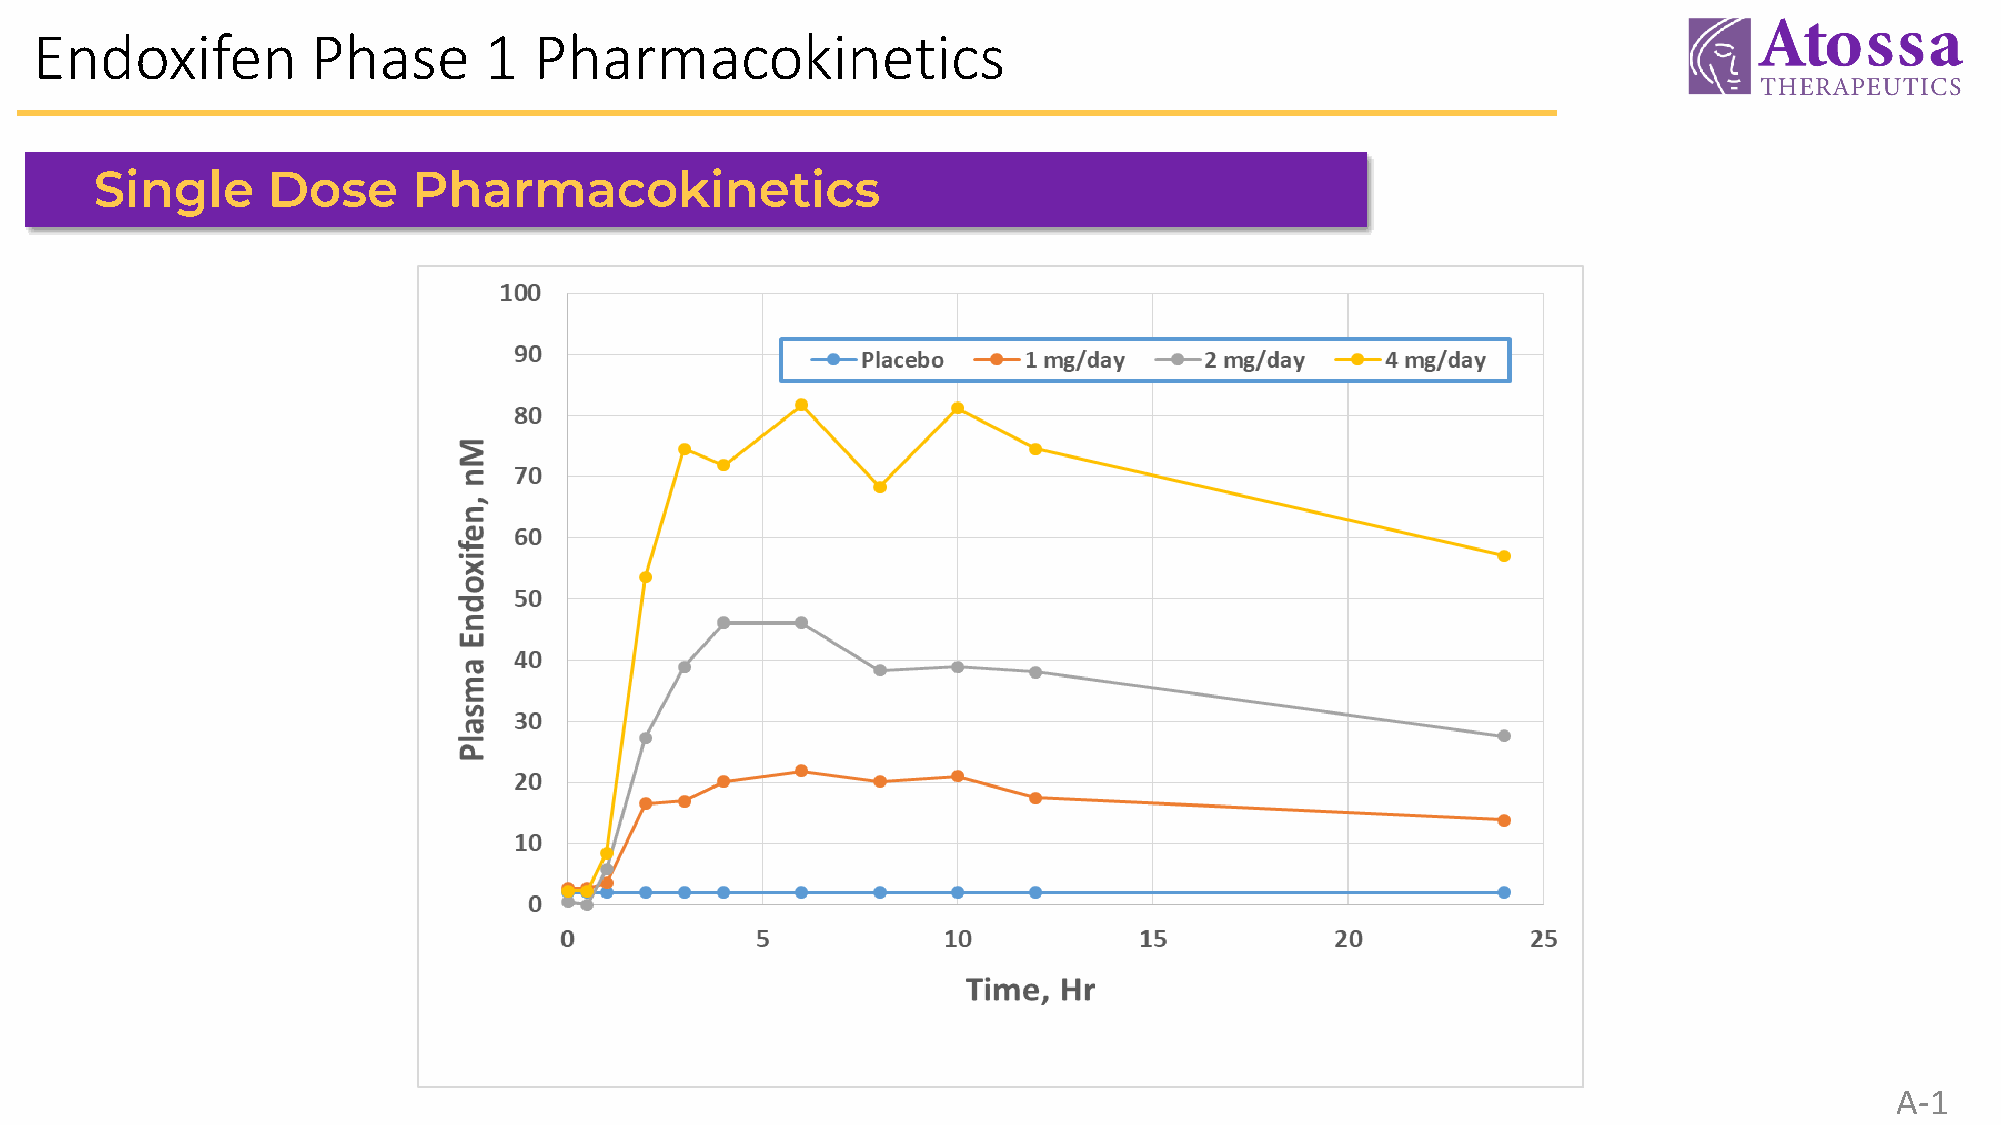
Endoxifen          Phase      1  Pharmacokinetics
 Single      Dose     Pharmacokinetics
 A-1